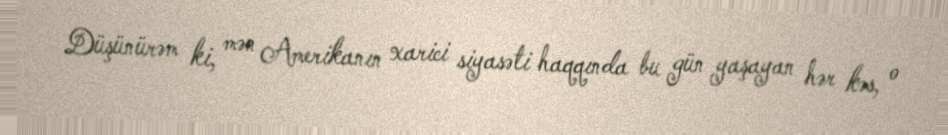
Düşünürəm ki, mən Amerikanın xarici siyasəti haqqında bu gün yaşayan hər kəs, o